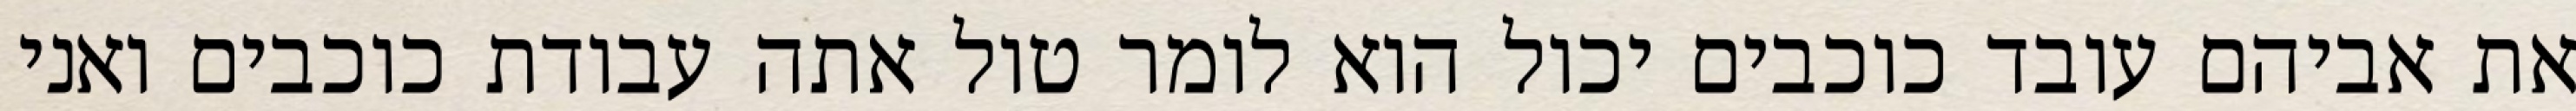
את אביהם עובד כוכבים יכול הוא לומר טול אתה עבודת כוכבים ואני